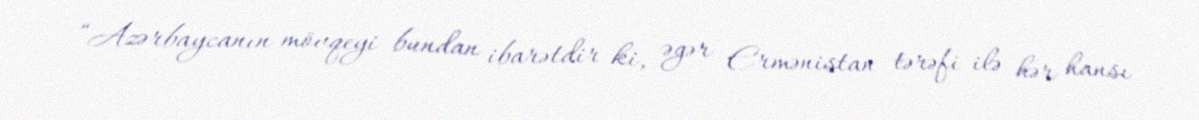
“Azərbaycanın mövqeyi bundan ibarətdir ki, əgər Ermənistan tərəfi ilə hər hansı